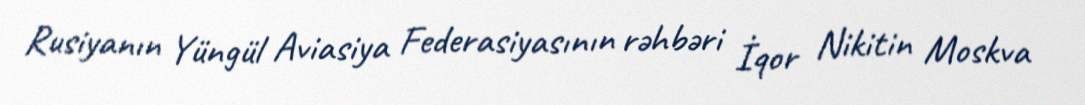
Rusiyanın Yüngül Aviasiya Federasiyasının rəhbəri İqor Nikitin Moskva